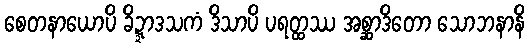
စေတနာယောပိ ခိဍ္ဍာဒသကံ ဒိသာပိ ပရတ္ထဿ အစ္ဆာဒိတော သောဘနာနိ